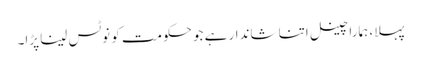
پہلا، ہمارا چینل اتنا شاندار ہے جو حکومت کو نوٹس لینا پڑا۔